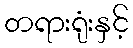
တရားရုံးနှင့်